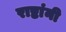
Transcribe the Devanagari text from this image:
राष्टांनी